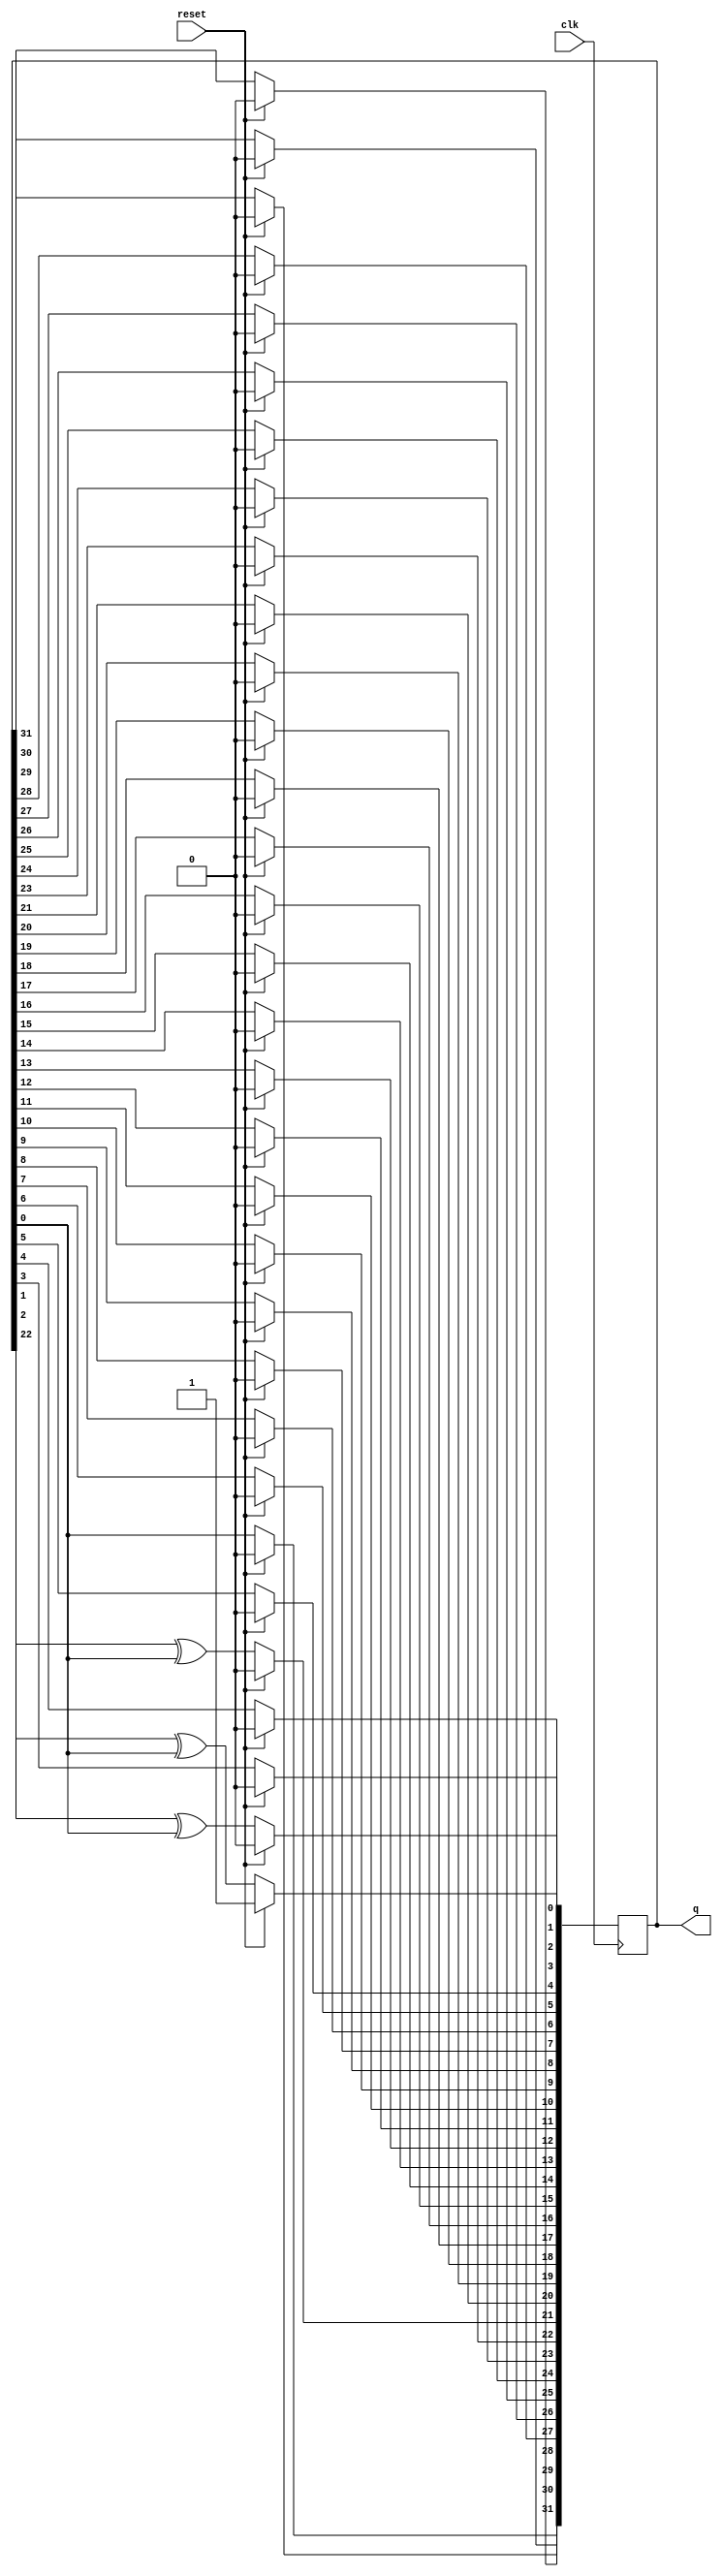
`timescale 1ns / 1ps
//////////////////////////////////////////////////////////////////////////////////
// Company: 
// Engineer: 
// 
// Design Name: 
// Module Name: des
// Project Name: 
// Target Devices: 
// Tool Versions: 
// Description: 
// 
// Dependencies: 
// 
// Revision:
// Revision 0.01 - File Created
// Additional Comments:
// 
//////////////////////////////////////////////////////////////////////////////////

//tapping at 1,2,22,32
module des(
    input clk,
    input reset,   
    output reg [31:0] q
    );
    integer i;
    always @ (posedge clk) begin
    if(reset)
    q<=32'h1;
    else begin
    q[0]<=q[1]^q[0];
    q[1]<=q[2]^q[0];
    for(i=2;i<21;i=i+1)
    q[i]<=q[i+1];
    q[21]<=q[22]^q[0];
    for(i=22;i<31;i=i+1)
    q[i]<=q[i+1];
    q[31]<=q[0]^0;
    end
    end
endmodule